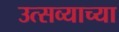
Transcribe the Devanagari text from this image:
उत्सव्याच्या